Indian journal of veterinary science and animal husbandry - Volumes 28-29, 1958-1959
Year: 1958
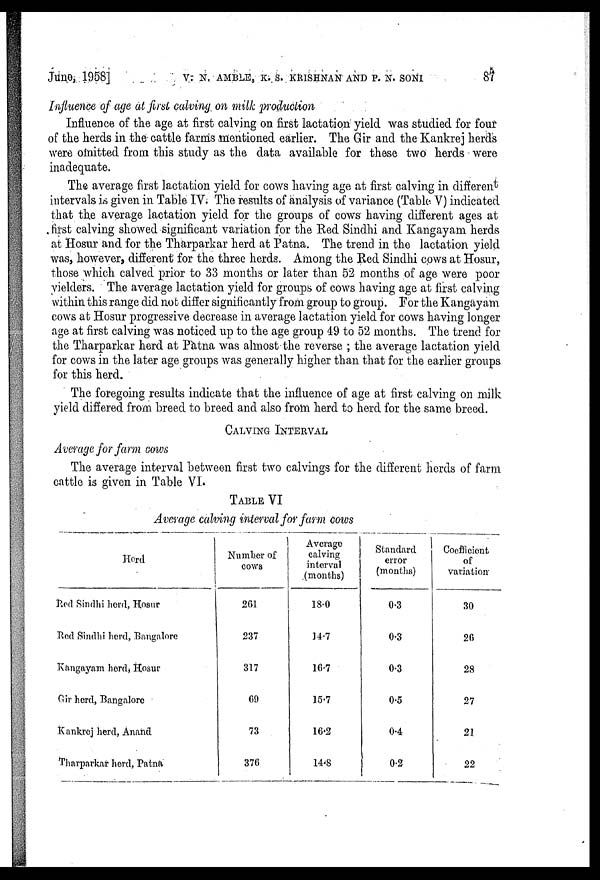
June, 1958] V. N. AMBLE, K. S. KRISHNAN AND P. N. SONI 87
Influence of age at first calving on milk production
Influence of the age at first calving on first lactation yield was studied for four
of the herds in the cattle farms mentioned earlier. The Gir and the Kankrej herds
were omitted from this study as the data available for these two herds were
inadequate.
The average first lactation yield for cows having age at first calving in different
intervals is given in Table IV. The results of analysis of variance (Table V) indicated
that the average lactation yield for the groups of cows having different ages at
first calving showed significant variation for the Red Sindhi and Kangayam herds
at Hosur and for the Tharparkar herd at Patna. The trend in the lactation yield
was, however, different for the three herds. Among the Red Sindhi cows at Hosur,
those which calved prior to 33 months or later than 52 months of age were poor
yielders. The average lactation yield for groups of cows having age at first calving
within this range did not differ significantly from group to group. For the Kangayam
cows at Hosur progressive decrease in average lactation yield for cows having longer
age at first calving was noticed up to the age group 49 to 52 months. The trend for
the Tharparkar herd at Patna was almost the reverse ; the average lactation yield
for cows in the later age groups was generally higher than that for the earlier groups
for this herd.
The foregoing results indicate that the influence of age at first calving on milk
yield differed from breed to breed and also from herd to herd for the same breed.
CALVING INTERVAL
Average for farm cows
The average interval between first two calvings for the different herds of farm
cattle is given in Table VI
TABLE VI
Average calving interval for farm cows
Herd
Red Sindhi herd, Hosur
Red Sindhi herd, Bangalore
Kangayam herd, Hosur
Gir herd, Bangalore
Kankrej herd, Anand
Tharparkar herd, Patna
Number of
cows
261
237
317
69
73
376
Average
calving
interval
(months)
18.0
14.7
16.7
15.7
16.2
14.8
Standard
error
(months)
0.3
0.3
0.3
0.5
0.4
0.2
Coefficient
of
variation
30
26
28
27
21
22